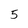
Character: 5